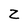
Character: z